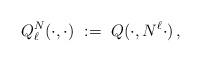
LaTeX: \begin{align*} Q^N_\ell(\cdot,\cdot) \ := \ Q(\cdot , N^\ell \cdot) \,,\end{align*}